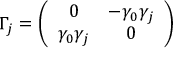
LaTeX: \Gamma _ { j } = \left( \begin{array} { c c } { { 0 } } & { { - \gamma _ { 0 } \gamma _ { j } } } \\ { { \gamma _ { 0 } \gamma _ { j } } } & { { 0 } } \end{array} \right)